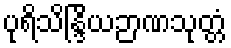
ပုရိသိန္ဒြိယဉာဏသုတ္တံ